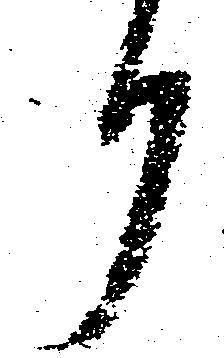
り